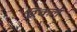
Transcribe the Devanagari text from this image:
रिंकल